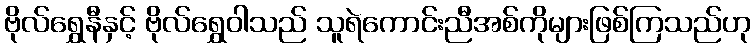
ဗိုလ်ရွှေနီနှင့် ဗိုလ်ရွှေဝါသည် သူရဲကောင်းညီအစ်ကိုများဖြစ်ကြသည်ဟု